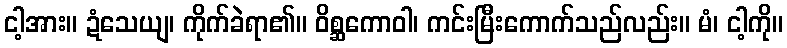
ငါ့အား။ ဍံသေယျ၊ ကိုက်ခဲရာ၏။ ဝိစ္ဆကောဝါ၊ ကင်းမြီးကောက်သည်လည်း။ မံ၊ ငါ့ကို။